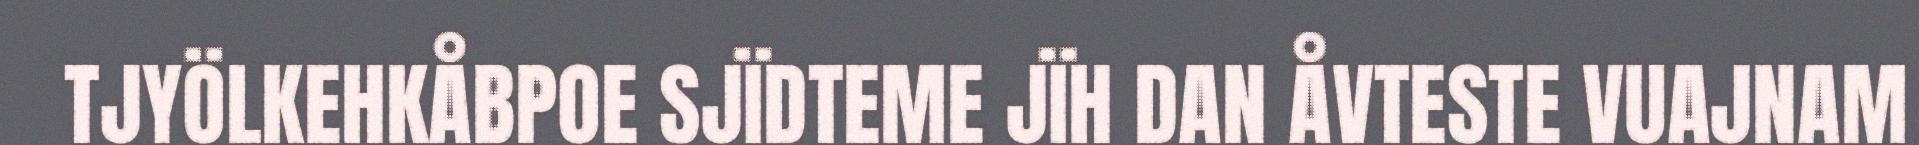
TJYÖLKEHKÅBPOE SJÏDTEME JÏH DAN ÅVTESTE VUAJNAM